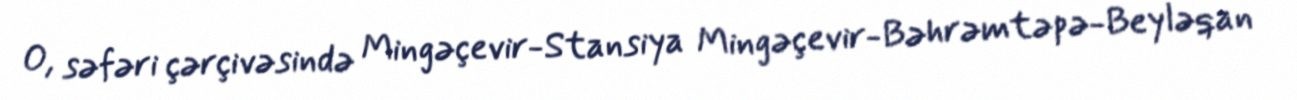
O, səfəri çərçivəsində Mingəçevir-Stansiya Mingəçevir-Bəhrəmtəpə-Beyləqan